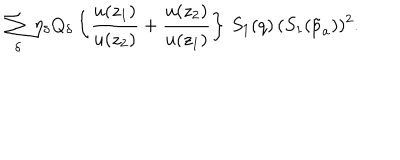
\sum _ { \delta } \eta _ { \delta } Q _ { \delta } \left\{ { \frac { u ( z _ { 1 } ) } { u ( z _ { 2 } ) } } + { \frac { u ( z _ { 2 } ) } { u ( z _ { 1 } ) } } \right\} \, S _ { 1 } ( q ) \, ( S _ { 1 } ( \tilde { p } _ { a } ) ) ^ { 2 } .